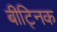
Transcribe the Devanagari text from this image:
बीट्निक